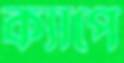
ক্যাপে